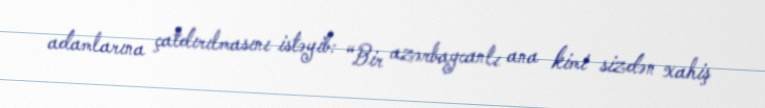
adamlarına çatdırılmasını istəyib: “Bir azərbaycanlı ana kimi sizdən xahiş